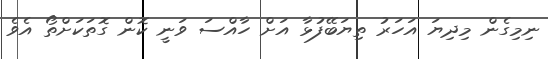
ނިމިގެން މިދިޔަ އަހަރު ތިޔަބޭފުޅާ އަށް ހާއްސަ ވަނީ ކޮން ގޮތަކަށްތޯ އެވެ